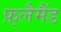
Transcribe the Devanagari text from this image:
फ़्लैमैंड